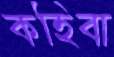
কহিবা